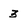
Character: 3